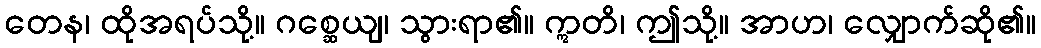
တေန၊ ထိုအရပ်သို့။ ဂစ္ဆေယျ၊ သွားရာ၏။ ဣတိ၊ ဤသို့။ အာဟ၊ လျှောက်ဆို၏။